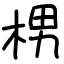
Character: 㭷